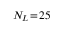
N _ { L } \! = \! 2 5